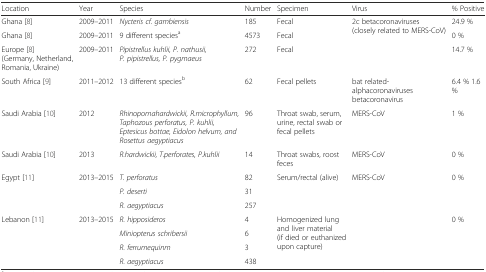
| Location | Year | Species | Number | Specimen | Virus | % Positive |
 | --- | --- | --- | --- | --- | --- | --- |
 | Ghana [8] | 2009–2011 | Nycteris cf. gambiensis | 185 | Fecal | <ROWSPAN=3> 2c betacoronaviruses(closely related to MERS-CoV) | 24.9 % |
 | Ghana [8] | 2009–2011 | 9 different speciesa | 4573 | Fecal | 0 % |
 | Europe [8] (Germany, Netherland, Romania, Ukraine) | 2009–2011 | Pipistrellus kuhlii, P. nathusii, P. pipistrellus, P. pygmaeus | 272 | Fecal | 14.7 % |
 | South Africa [9] | 2011–2012 | 13 different speciesb | 62 | Fecal pellets | bat related-alphacoronaviruses betacoronavirus | 6.4 % 1.6 % |
 | Saudi Arabia [10] | 2012 | Rhinopomahardwickii, R.microphyllum, Taphozous perforatus, P. kuhlii, Eptesicus bottae, Eidolon helvum, and Rosettus aegyptiacus | 96 | Throat swab, serum, urine, rectal swab or fecal pellets | MERS-CoV | 1 % |
 | Saudi Arabia [10] | 2013 | R.hardwickii, T.perforates, P.kuhlii | 14 | Throat swabs, roost feces | MERS-CoV | 0 % |
 | <ROWSPAN=3> Egypt [11] | <ROWSPAN=3> 2013–2015 | T. perforatus | 82 | <ROWSPAN=3> Serum/rectal (alive) | <ROWSPAN=7> MERS-CoV | <ROWSPAN=3> 0 % |
 | P. deserti | 31 |
 | R. aegyptiacus | 257 |
 | <ROWSPAN=4> Lebanon [11] | <ROWSPAN=4> 2013–2015 | R. hipposideros | 4 | <ROWSPAN=4> Homogenized lung and liver material (if died or euthanized upon capture) | <ROWSPAN=4> 0 % |
 | Miniopterus schribersii | 6 |
 | R. ferrumequinm | 3 |
 | R. aegyptiacus | 438 |